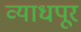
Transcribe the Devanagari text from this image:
व्याधपूर